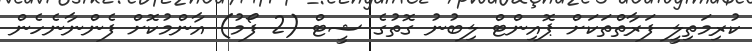
ކުރިމަތިލީ ފަރާތްތަކަށް ޕޮއިންޓް ލިބުނު ގޮތުގެ ޝީޓް (2 ފޯމު) އާންމުކޮށް ފެންނާނެހެން